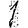
Digit: 1